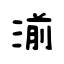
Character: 湔